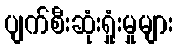
ပျက်စီးဆုံးရှုံးမှုများ